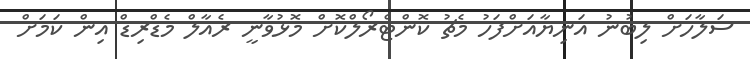
ސަލާހަށް ލިބުނު އަނިޔާއަށްފަހު މެޗު ކޮންޓްރޯލްކޮށް މޮޅުވާނީ ރެއާލް މެޑްރިޑް އިން ކަމަށް